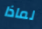
لماذا